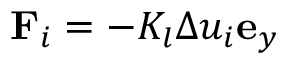
\mathbf { F } _ { i } = - K _ { l } \Delta u _ { i } \mathbf { e } _ { y }